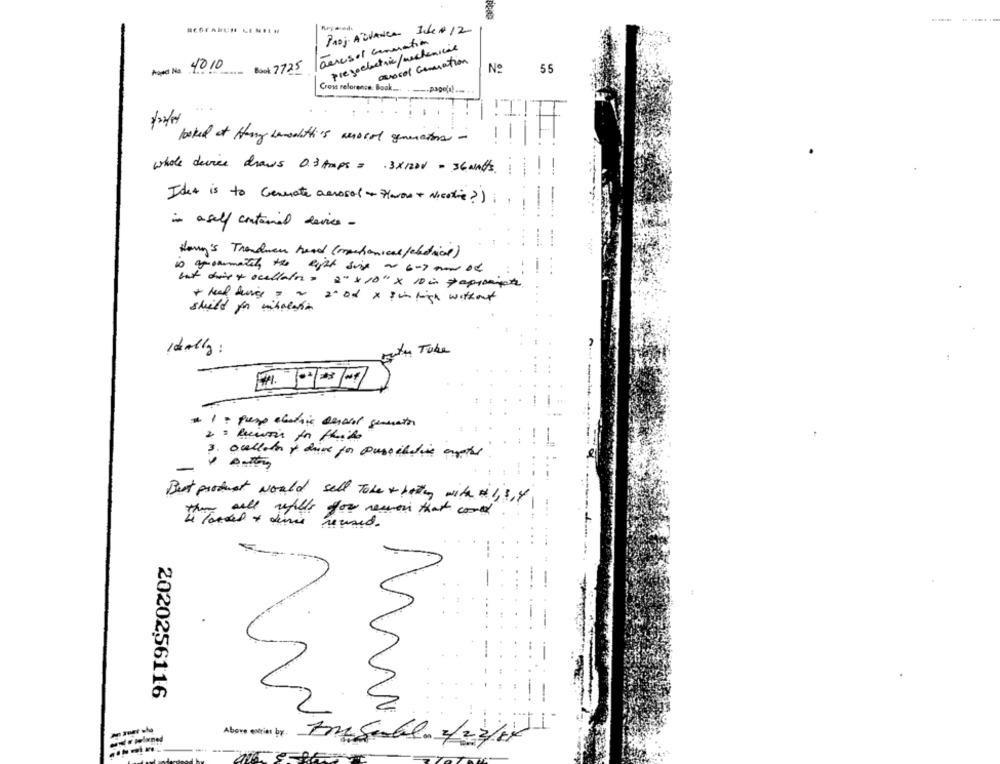
PADj. ADVANCE Ide # 12
aerosol Generation
pregoeheti/auchenicie
assol Generation
Appel No. 4010
Book 7725
Nº
55
Cross reference: Book
looked of Harry Lanswith's anocol generators -
whole device draws 0.3 Amps = . 3×1200 - 36 and/s.
Idet is to Generate aerosol + Hlavou + Nicotine?)
in aself contained device -
Harry's Trenduen head (mechanical/electrical)
Right side ~ 6-9 mood
but dory ocellatos = 2" × 10" x 10 in & apparate
== 2. od x pinhigh without
shield for nikolai
Ideally :
mity Tube
3.
oulloin y drive for pussibdias antes
Best product would sell Tobe + beting with #1,3, 4
they will while for newon that could
2020256116
Above entries by
a . zeland